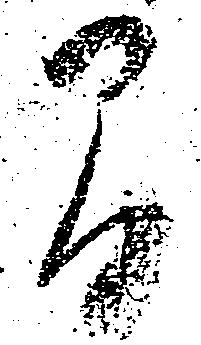
間